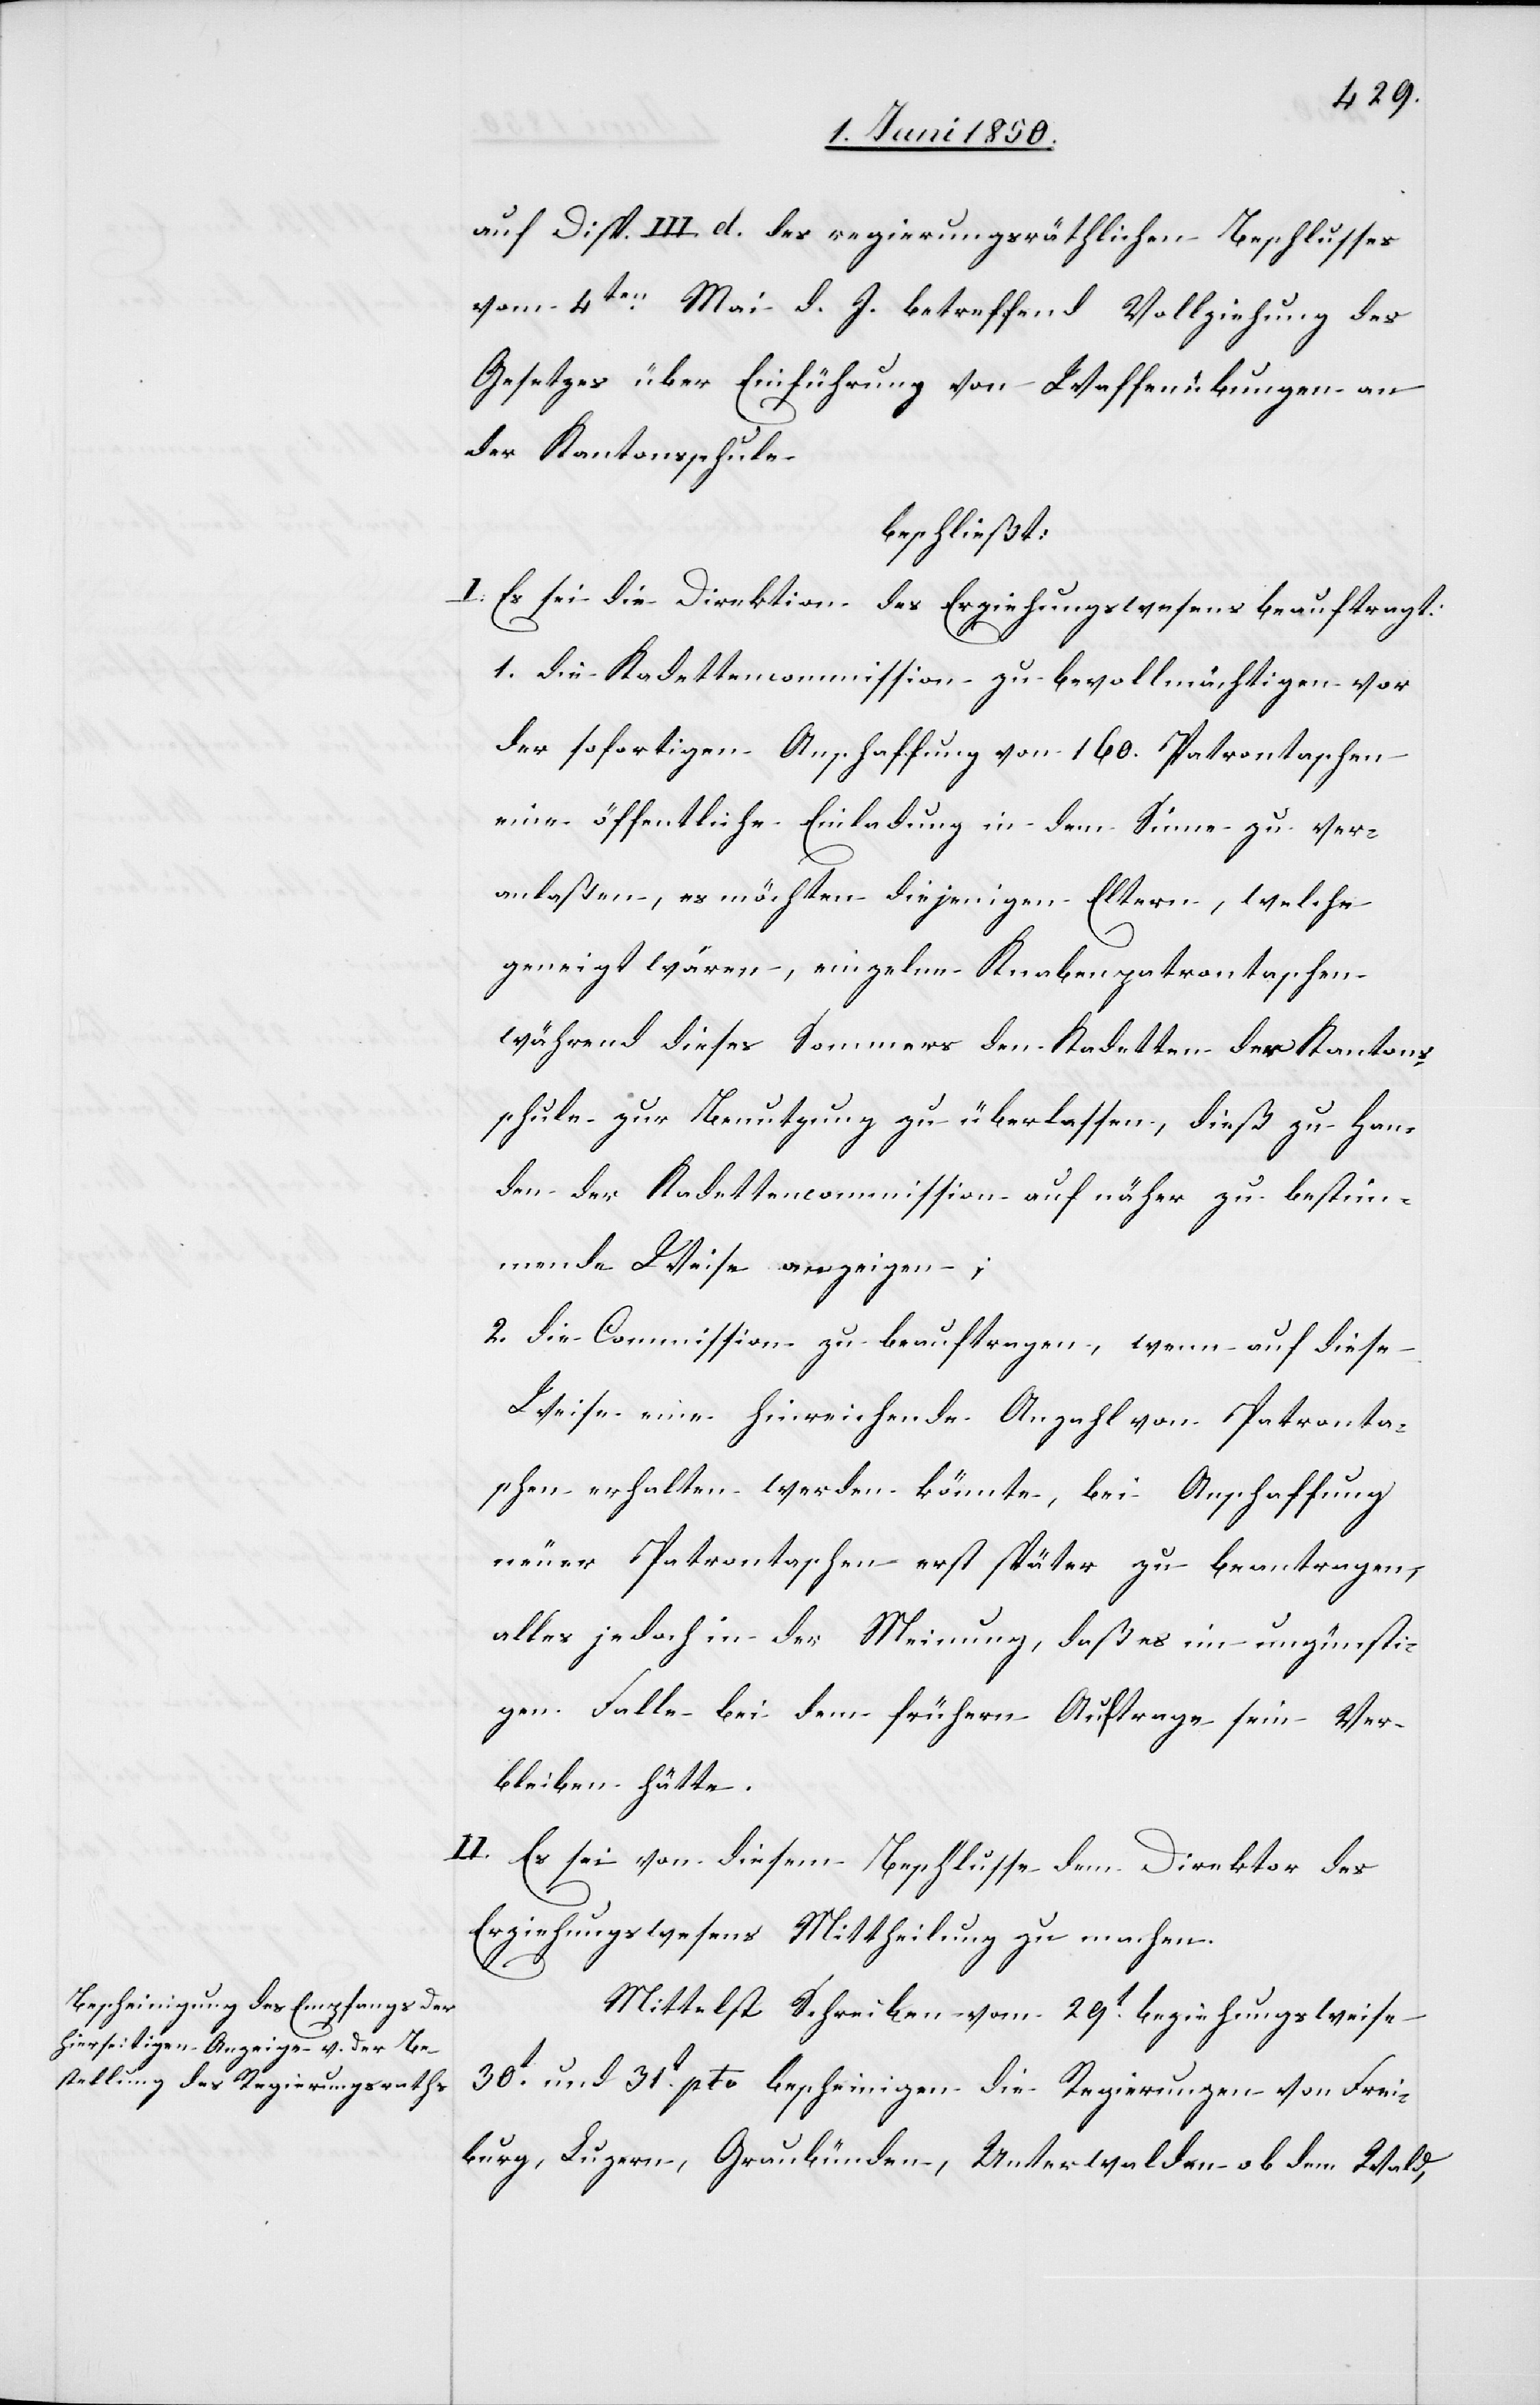
auf Disp. III. d. des regierungsräthlichen Beschlusses
vom 4ten Mai d. J. betreffend Vollziehung des
Gesetzes über Einführung von Waffenübungen an
der Kantonsschule
beschließt:
I. Es sei die Direktion des Erziehungswesens beauftrag:
1. die Kadettencommission zu bevollmächtigen vor
der sofortigen Anschaffung von 160. Patrontaschen
eine öffentliche Einladung in dem Sinne zu ver¬
anlaßen, es möchten diejenigen Eltern, welche
geneigt wären, einzelne Knabenpatrontaschen
während dieses Sommers den Kadetten der Kantons¬
schule zur Benutzung zu überlassen, dieß zu Han¬
den der Kadettencommission auf näher zu bestim¬
mende Weise anzeigen;
2. die Commission zu beauftragen, wenn auf diese
Weise eine hinreichende Anzahl von Patronta¬
schen erhalten werden könnte, bei Anschaffung
neuer Patrontaschen erst später zu beantragen,
alles jedoch in der Meinung, daß es im ungünsti¬
gen Falle bei dem frühern Auftrage sein Ver¬
bleiben hätte.
II. Es sei von diesem Beschlusse dem Direktor des
Erziehungswesens Mittheilung zu machen.
Mittelst Schreiben vom 29t beziehungsweise
30t und 31t pto bescheinigen die Regierungen von Frei¬
burg, Luzern, Graubünden, Unterwalden ob dem Wald,